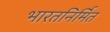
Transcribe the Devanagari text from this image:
भारतनिर्मित